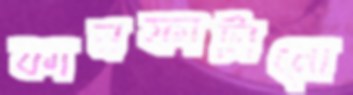
কানফাটানো